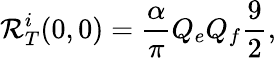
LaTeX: \mathcal{R}_{T}^{i}(0,0)=\frac{{\alpha}}{{\pi}}Q_{e}Q_{f}\frac{{9}}{{2}},